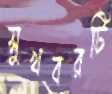
সুখবরটি